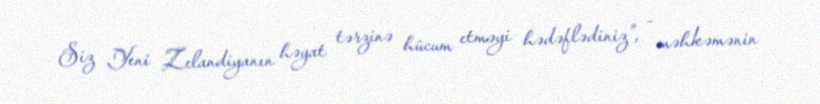
Siz Yeni Zelandiyanın həyat tərzinə hücum etməyi hədəflədiniz”, - məhkəmənin